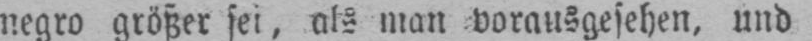
negro größer sei, als man vorausgesehen, und